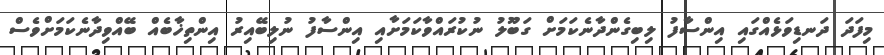
މިފަދަ ދަނޑިވަޅެއްގައި އިންސާފު ލިބިގެންދާނެކަމަށް ގަބޫލު ނުކުރައްވާކަމަށާއި އިންސާފު ނުލިބޭއިރު އިންތިޚާބެއް ބޭއްވިދާނެކަމަށްވެސް